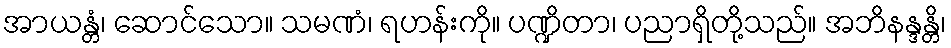
အာယန္တံ၊ ဆောင်သော။ သမဏံ၊ ရဟန်းကို။ ပဏ္ဍိတာ၊ ပညာရှိတို့သည်။ အဘိနန္ဒန္တိ၊